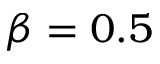
\beta = 0 . 5